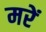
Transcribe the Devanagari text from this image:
मरें